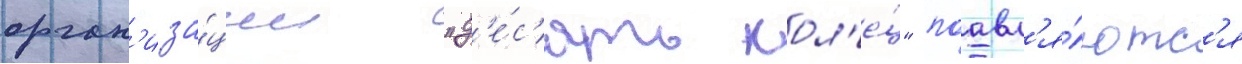
орган'иза́ции "д'е́с'ять кол'е́ц" поавл'я́ютс'я